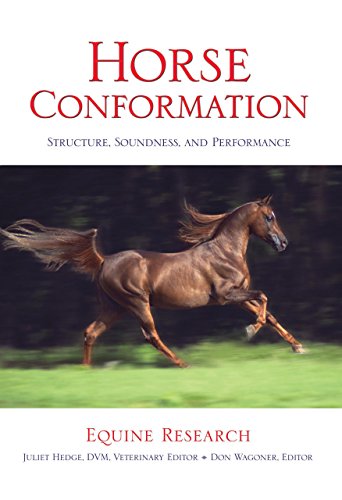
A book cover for Horse Conformation: Structure, Soundness, and Performance; Equine Research; Medical Books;